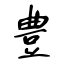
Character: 豊